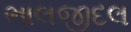
ભાલજીદલ